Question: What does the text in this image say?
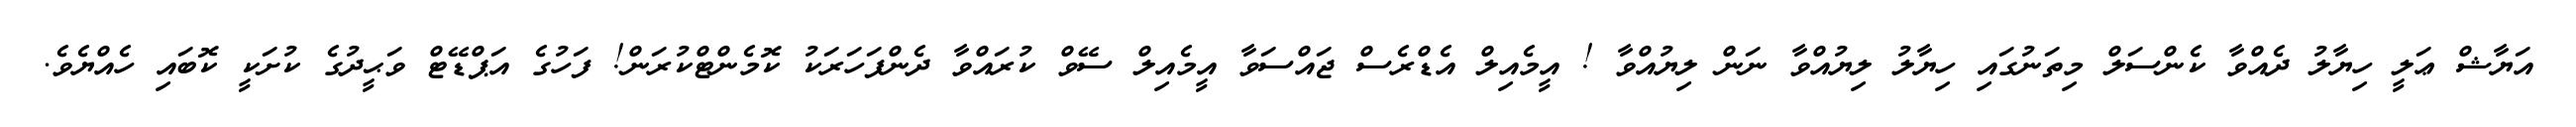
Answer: އަޔާޝް ޢަލީ ހިޔާލު ދެއްވާ ކެންސަލް މިތަނުގައި ހިޔާލު ލިޔުއްވާ ނަން ލިޔުއްވާ ! އީމެއިލް އެޑްރެސް ޖައްސަވާ އީމެއިލް ސޭވް ކުރައްވާ ދެންފަހަރަކު ކޮމެންޓްކުރަން! ފަހުގެ އަޕްޑޭޓް ވަޙީދުގެ ކުށަކީ ކޮބައި ހެއްޔެވެ.